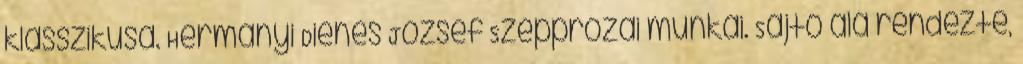
klasszikusa. Hermányi Dienes József Szépprózai munkái. Sajtó alá rendezte,